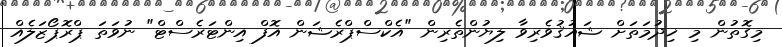
މިގޮތުން މި ޚިދުމަތަށް ޝައުޤުވެރިވާ ލިޔުންތެރިން "އެކްސްޕްރެޝަން އޮފް އިންޓަރެސްޓް" ނުވަތަ ޕްރޮޕޯޒަލެއް